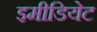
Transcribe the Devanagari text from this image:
इमीडियेट